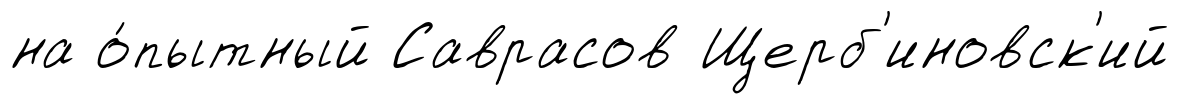
на о́пытный Саврасов Щерб'иновск'ий